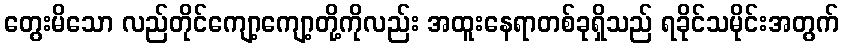
တွေးမိသော လည်တိုင်ကျော့ကျော့တို့ကိုလည်း အထူးနေရာတစ်ခုရှိသည် ရခိုင်သမိုင်းအတွက်